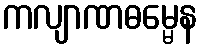
ကလျာဏဓမ္မေန